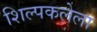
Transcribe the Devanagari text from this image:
शिल्पकलेला